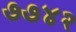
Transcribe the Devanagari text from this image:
७७४२